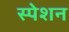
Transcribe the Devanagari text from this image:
स्पेशन